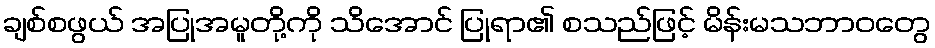
ချစ်စဖွယ် အပြုအမူတို့ကို သိအောင် ပြုရာ၏ စသည်ဖြင့် မိန်းမသဘာဝတွေ